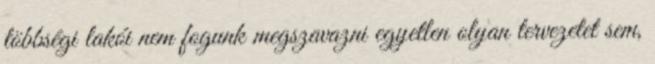
többségi lakói nem fogunk megszavazni egyetlen olyan tervezetet sem,